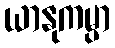
ယာနုကမ္ပာ